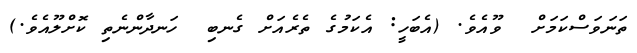
ތަނަވަސްކަމަށް  ވޫއެވެ. (އެބަހީ: އެކަމުގެ ތެރެއަށް ގެނބި  ހަނދާންނެތި ކޮށްލޫއެވެ.)